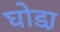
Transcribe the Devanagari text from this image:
घोडा़